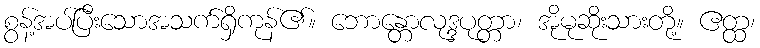
စွန့်အပ်ပြီးသောအသက်ရှိကုန်၏။ ဘောန္တောလုဒ္ဒပုတ္တာ၊ အိုမုဆိုးသားတို့။ ဧတ္ထ၊